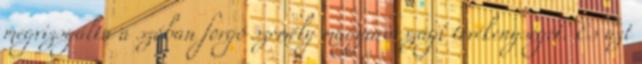
megvizsgálta a szóban forgó személy magyarországi tevékenységét. És azt